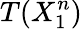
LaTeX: T(X_{1}^{n})